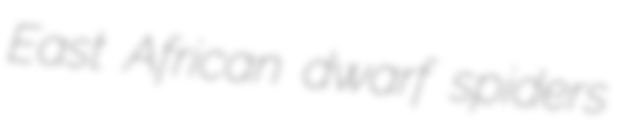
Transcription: East African dwarf spiders